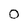
Character: 0